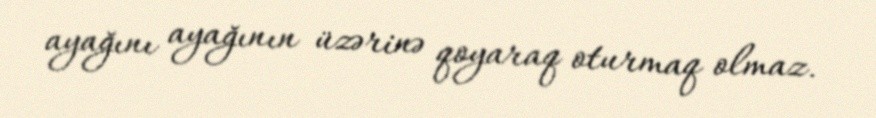
ayağını ayağının üzərinə qoyaraq oturmaq olmaz.